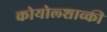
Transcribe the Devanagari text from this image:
कोयोल्शाव्की